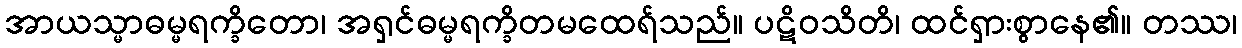
အာယသ္မာဓမ္မရက္ခိတော၊ အရှင်ဓမ္မရက္ခိတမထေရ်သည်။ ပဋိဝသိတိ၊ ထင်ရှားစွာနေ၏။ တဿ၊